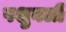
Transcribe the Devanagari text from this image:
पशुबली